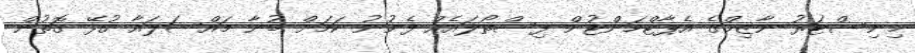
މިނިސްޓަރު ނާޒިމްގެ އެޕާޓްމަންޓުން ފިސްތޯލައެއް ފެނުނު ކަމަށް ބުނާ މައްސަލައާ ގުޅޭ ގޮތުން